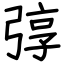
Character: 弴